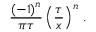
\frac { ( - 1 ) ^ { n } } { \pi \tau } \left( \frac { \tau } { x } \right) ^ { n } \, .